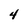
Character: 4